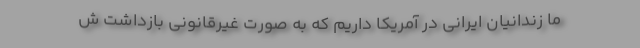
ما زندانیان ایرانی در آمریکا داریم که به صورت غیرقانونی بازداشت ش